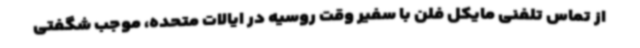
از تماس تلفنی مایکل فلن با سفیر وقت روسیه در ایالات متحده، موجب شگفتی